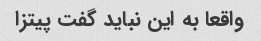
واقعا به این نباید گفت پیتزا